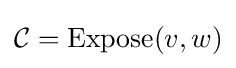
{\mathcal {C}}=\mathrm {Expose} (v,w)